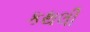
કથલી